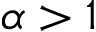
\alpha > 1